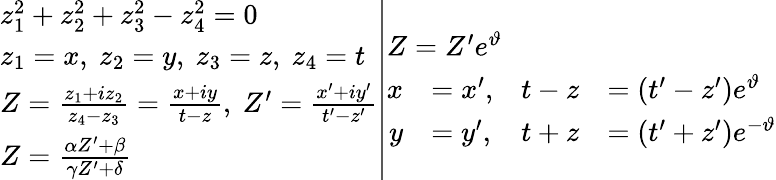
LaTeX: \left.{\begin{array}{l}{z_{1}^{2}+z_{2}^{2}+z_{3}^{2}-z_{4}^{2}=0}\\ {z_{1}=x,\ z_{2}=y,\ z_{3}=z,\ z_{4}=t}\\ {Z={\frac{z_{1}+iz_{2}}{z_{4}-z_{3}}}={\frac{x+iy}{t-z}},\ Z^{\prime}={\frac{x^{\prime}+iy^{\prime}}{t^{\prime}-z^{\prime}}}}\\ {Z={\frac{\alpha Z^{\prime}+\beta}{\gamma Z^{\prime}+\delta}}}\end{array}}\right|{\begin{array}{l}{Z=Z^{\prime}e^{\vartheta}}\\ {{\begin{array}{rlrl}{x}&{=x^{\prime},}&{t-z}&{=(t^{\prime}-z^{\prime})e^{\vartheta}}\\ {y}&{=y^{\prime},}&{t+z}&{=(t^{\prime}+z^{\prime})e^{-\vartheta}}\end{array}}}\end{array}}